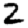
Digit: 2